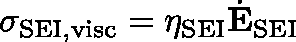
\mathbf { \sigma } _ { \mathrm { S E I , v i s c } } = \eta _ { \mathrm { S E I } } \dot { \mathbf { E } } _ { \mathrm { S E I } }